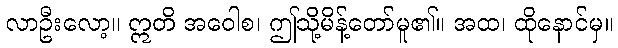
လာဦးလော့။ ဣတိ အဝေါစ၊ ဤသို့မိန့်တော်မူ၏။ အထ၊ ထိုနောင်မှ။